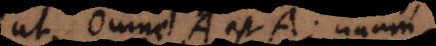
ut Omne A est A; unumq